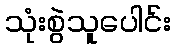
သုံးစွဲသူပေါင်း